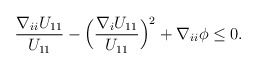
\begin{align*}\begin{aligned}\frac{\nabla_{ii} U_{11}}{U_{11}} - \Big(\frac{\nabla_i U_{11}}{U_{11}}\Big)^2 + \nabla_{ii} \phi \leq 0.\end{aligned}\end{align*}